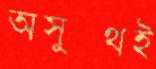
অসুস্থই